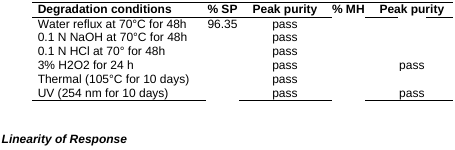
<table><thead><tr><td><b>Degradation conditions</b></td><td><b>% SP</b></td><td><b>Peak purity</b></td><td><b>% MH</b></td><td><b>Peak purity</b></td></tr></thead><tbody><tr><td>Water reflux at 70°C for 48h</td><td>96.35</td><td>pass</td><td>[EMPTY_CELL]</td><td>[EMPTY_CELL]</td></tr><tr><td>0.1 N NaOH at 70°C for 48h</td><td>[EMPTY_CELL]</td><td>pass</td><td>[EMPTY_CELL]</td><td>[EMPTY_CELL]</td></tr><tr><td>0.1 N HCl at 70° for 48h</td><td>[EMPTY_CELL]</td><td>pass</td><td>[EMPTY_CELL]</td><td>[EMPTY_CELL]</td></tr><tr><td>3% H2O2 for 24 h</td><td>[EMPTY_CELL]</td><td>pass</td><td>[EMPTY_CELL]</td><td>pass</td></tr><tr><td>Thermal (105°C for 10 days)</td><td>[EMPTY_CELL]</td><td>pass</td><td>[EMPTY_CELL]</td><td>[EMPTY_CELL]</td></tr><tr><td>UV (254 nm for 10 days)</td><td>[EMPTY_CELL]</td><td>pass</td><td>[EMPTY_CELL]</td><td>pass</td></tr></tbody></table>